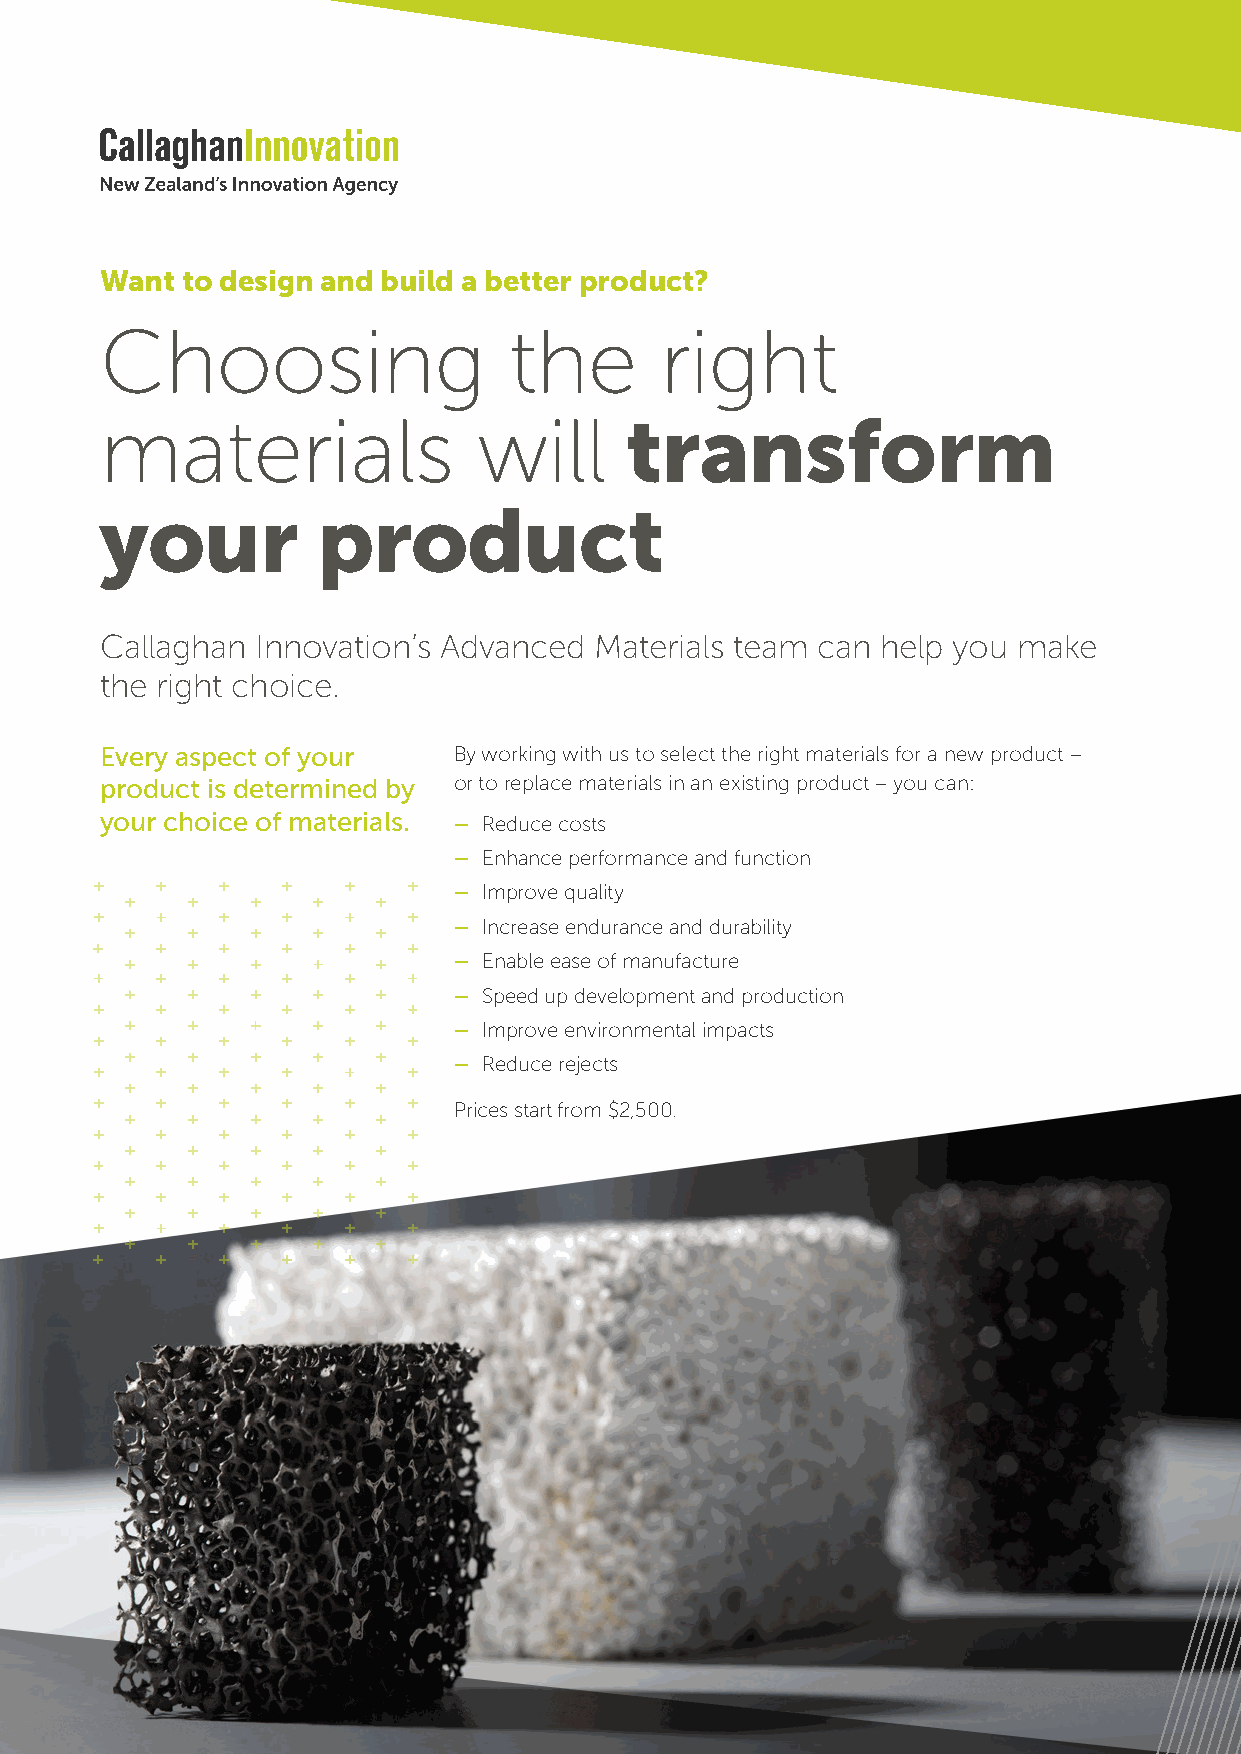
Want to design and build a better product?
 Choosing                   the       right
 materials                will     transform
 your          product
 Callaghan Innovation’s Advanced Materials team can help you make
 the right choice.
 Every aspect of your   By working with us to select the right materials for a new product –
 product is determined by or to replace materials in an existing product – you can:
 your choice of materials. – Reduce costs
 – Enhance performance and function
 – Improve quality
 – Increase endurance and durability
 – Enable ease of manufacture
 – Speed up development and production
 – Improve environmental impacts
 – Reduce rejects
 Prices start from $2,500.